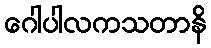
ဂေါပါလကသတာနိ